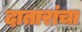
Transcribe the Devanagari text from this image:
दातारांचा